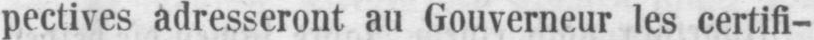
pectives adresseront au Gouverneur les certifi-